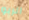
الربو